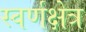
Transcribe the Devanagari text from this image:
स्वर्णक्षेत्र